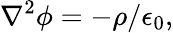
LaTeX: \nabla^{2}\phi=-{\rho}/{\epsilon_{0}},